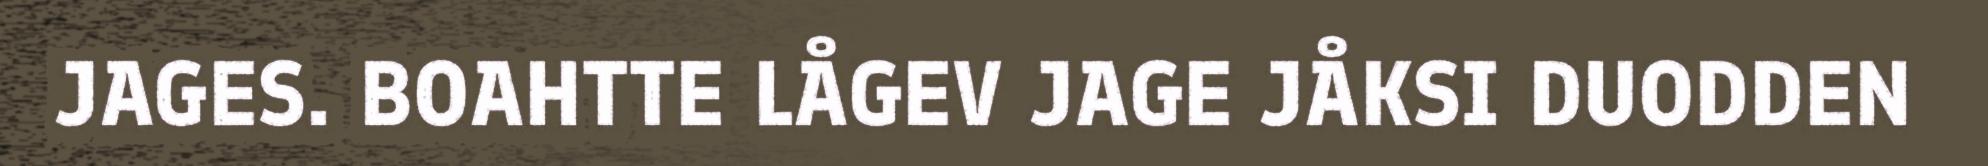
JAGES. BOAHTTE LÅGEV JAGE JÅKSI DUODDEN